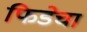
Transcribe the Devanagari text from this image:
फिडेचा